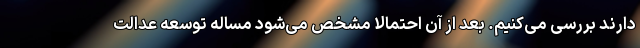
دارند بررسی می‌کنیم. بعد از آن احتمالا مشخص می‌شود مساله توسعه عدالت